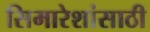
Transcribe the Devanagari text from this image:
सिमारेशांसाठी